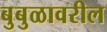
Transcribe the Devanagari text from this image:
बुबुळावरील